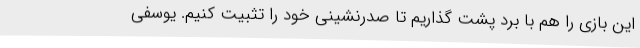
این بازی را هم با برد پشت‌ گذاریم تا صدرنشینی خود را تثبیت کنیم. یوسفی